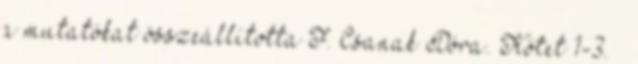
a mutatókat összeállította F. Csanak Dóra. Kötet 1-3. –